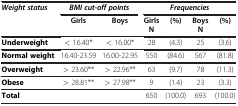
<table><thead><tr><td><b><i>Weight status</i></b></td><td><b><i>BMI cut-off points</i></b></td><td><b> </b></td><td><b><i>Frequencies</i></b></td><td><b> </b></td><td><b> </b></td><td><b> </b></td></tr><tr><td><b> </b></td><td><b>Girls</b></td><td><b>Boys</b></td><td><b>Girls N</b></td><td><b>(%)</b></td><td><b>Boys N</b></td><td><b>(%)</b></td></tr></thead><tbody><tr><td><b>Underweight</b></td><td>&lt; 16.40*</td><td>&lt; 16.00*</td><td>28</td><td>(4.3)</td><td>25</td><td>(3.6)</td></tr><tr><td><b>Normal weight</b></td><td>16.40-23.59</td><td>16.00-22.95</td><td>550</td><td>(84.6)</td><td>567</td><td>(81.8)</td></tr><tr><td><b>Overweight</b></td><td><underline>&gt;</underline> 23.60**</td><td><underline>&gt;</underline> 22.96**</td><td>63</td><td>(9.7)</td><td>78</td><td>(11.3)</td></tr><tr><td><b>Obese</b></td><td><underline>&gt;</underline> 28.81**</td><td><underline>&gt;</underline> 27.98**</td><td>9</td><td>(1.4)</td><td>23</td><td>(3.3)</td></tr><tr><td><b>Total</b></td><td> </td><td> </td><td>650</td><td>(100.0)</td><td>693</td><td>(100.0)</td></tr></tbody></table>